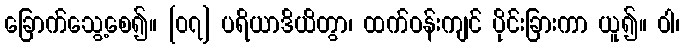
ခြောက်သွေ့စေ၍။ [၀၇] ပရိယာဒိယိတွာ၊ ထက်ဝန်းကျင် ပိုင်းခြားကာ ယူ၍။ ဝါ၊